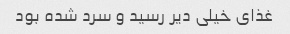
غذای خیلی دیر رسید و سرد شده بود